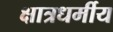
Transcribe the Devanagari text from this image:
क्षात्रधर्मीय